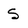
Character: S